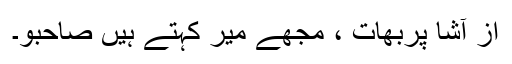
از آشا پربھات ، مجھے میر کہتے ہیں صاحبو۔